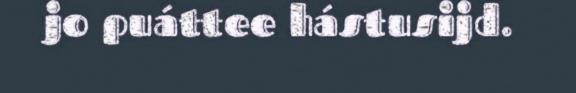
jo puáttee hástusijd.